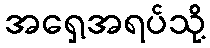
အရှေ့အရပ်သို့